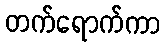
တက်ရောက်ကာ